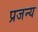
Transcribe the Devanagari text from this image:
प्रजन्य